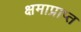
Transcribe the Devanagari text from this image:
क्षमाप्राप्त